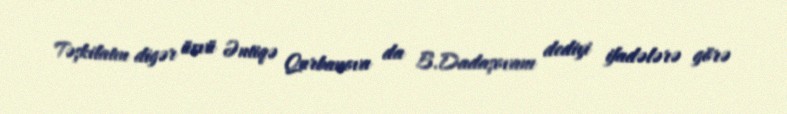
Təşkilatın digər üzvü Əntiqə Qurbanova da B.Dadaşovanı dediyi ifadələrə görə